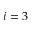
i = 3